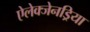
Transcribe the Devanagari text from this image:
ऐलेक्जेनड्रिया